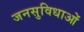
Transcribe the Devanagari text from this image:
जनसुविधाओं